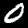
Digit: 0